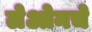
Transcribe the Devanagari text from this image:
लेओनचे